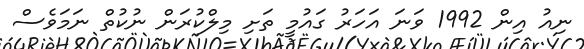
ނިއު އިން 1992 ވަނަ އަހަރު ގައުމީ ތަށި މިލްކުރަން ނުކުތް ނަމަވެސް